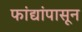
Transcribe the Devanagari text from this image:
फांद्यांपासून